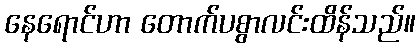
နေရောင်ဟာ တောက်ပစွာလင်းထိန်သည်။